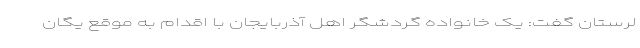
لرستان گفت: یک خانواده‌ گردشگر اهل آذربایجان با اقدام به موقع یگان